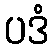
ပဒံ